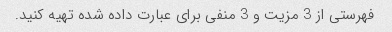
فهرستی از 3 مزیت و 3 منفی برای عبارت داده شده تهیه کنید.